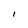
Character: l